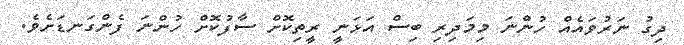
ދިގު ނަރުވައެއް ހުންނަ މިމަދިރި ބިސް އަޅަނީ ރީތިކޮށް ސާފުކޮށް ހުންނަ ފެންގަނޑަށެވެ.